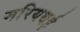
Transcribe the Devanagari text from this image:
मरियथई